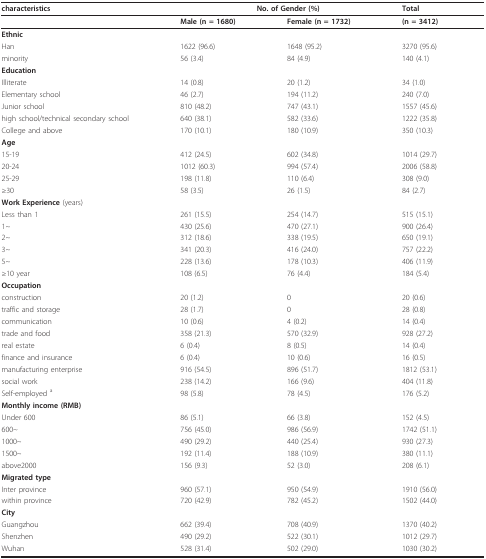
<table><thead><tr><td><b>characteristics</b></td><td colspan="2"><b>No. of Gender (%)</b></td><td><b>Total</b></td></tr></thead><tbody><tr><td></td><td><b>Male (n = 1680)</b></td><td><b>Female (n = 1732)</b></td><td><b>(n = 3412)</b></td></tr><tr><td><b>Ethnic</b></td><td></td><td></td><td></td></tr><tr><td>Han</td><td>1622 (96.6)</td><td>1648 (95.2)</td><td>3270 (95.6)</td></tr><tr><td>minority</td><td>56 (3.4)</td><td>84 (4.9)</td><td>140 (4.1)</td></tr><tr><td><b>Education</b></td><td></td><td></td><td></td></tr><tr><td>Illiterate</td><td>14 (0.8)</td><td>20 (1.2)</td><td>34 (1.0)</td></tr><tr><td>Elementary school</td><td>46 (2.7)</td><td>194 (11.2)</td><td>240 (7.0)</td></tr><tr><td>Junior school</td><td>810 (48.2)</td><td>747 (43.1)</td><td>1557 (45.6)</td></tr><tr><td>high school/technical secondary school</td><td>640 (38.1)</td><td>582 (33.6)</td><td>1222 (35.8)</td></tr><tr><td>College and above</td><td>170 (10.1)</td><td>180 (10.9)</td><td>350 (10.3)</td></tr><tr><td><b>Age</b></td><td></td><td></td><td></td></tr><tr><td>15-19</td><td>412 (24.5)</td><td>602 (34.8)</td><td>1014 (29.7)</td></tr><tr><td>20-24</td><td>1012 (60.3)</td><td>994 (57.4)</td><td>2006 (58.8)</td></tr><tr><td>25-29</td><td>198 (11.8)</td><td>110 (6.4)</td><td>308 (9.0)</td></tr><tr><td>≥30</td><td>58 (3.5)</td><td>26 (1.5)</td><td>84 (2.7)</td></tr><tr><td><b>Work Experience </b>(years)</td><td></td><td></td><td></td></tr><tr><td>Less than 1</td><td>261 (15.5)</td><td>254 (14.7)</td><td>515 (15.1)</td></tr><tr><td>1~</td><td>430 (25.6)</td><td>470 (27.1)</td><td>900 (26.4)</td></tr><tr><td>2~</td><td>312 (18.6)</td><td>338 (19.5)</td><td>650 (19.1)</td></tr><tr><td>3~</td><td>341 (20.3)</td><td>416 (24.0)</td><td>757 (22.2)</td></tr><tr><td>5~</td><td>228 (13.6)</td><td>178 (10.3)</td><td>406 (11.9)</td></tr><tr><td>≥10 year</td><td>108 (6.5)</td><td>76 (4.4)</td><td>184 (5.4)</td></tr><tr><td><b>Occupation</b></td><td></td><td></td><td></td></tr><tr><td>construction</td><td>20 (1.2)</td><td>0</td><td>20 (0.6)</td></tr><tr><td>traffic and storage</td><td>28 (1.7)</td><td>0</td><td>28 (0.8)</td></tr><tr><td>communication</td><td>10 (0.6)</td><td>4 (0.2)</td><td>14 (0.4)</td></tr><tr><td>trade and food</td><td>358 (21.3)</td><td>570 (32.9)</td><td>928 (27.2)</td></tr><tr><td>real estate</td><td>6 (0.4)</td><td>8 (0.5)</td><td>14 (0.4)</td></tr><tr><td>finance and insurance</td><td>6 (0.4)</td><td>10 (0.6)</td><td>16 (0.5)</td></tr><tr><td>manufacturing enterprise</td><td>916 (54.5)</td><td>896 (51.7)</td><td>1812 (53.1)</td></tr><tr><td>social work</td><td>238 (14.2)</td><td>166 (9.6)</td><td>404 (11.8)</td></tr><tr><td>Self-employed <sup>a</sup></td><td>98 (5.8)</td><td>78 (4.5)</td><td>176 (5.2)</td></tr><tr><td><b>Monthly income (RMB)</b></td><td></td><td></td><td></td></tr><tr><td>Under 600</td><td>86 (5.1)</td><td>66 (3.8)</td><td>152 (4.5)</td></tr><tr><td>600~</td><td>756 (45.0)</td><td>986 (56.9)</td><td>1742 (51.1)</td></tr><tr><td>1000~</td><td>490 (29.2)</td><td>440 (25.4)</td><td>930 (27.3)</td></tr><tr><td>1500~</td><td>192 (11.4)</td><td>188 (10.9)</td><td>380 (11.1)</td></tr><tr><td>above2000</td><td>156 (9.3)</td><td>52 (3.0)</td><td>208 (6.1)</td></tr><tr><td><b>Migrated type</b></td><td></td><td></td><td></td></tr><tr><td>Inter province</td><td>960 (57.1)</td><td>950 (54.9)</td><td>1910 (56.0)</td></tr><tr><td>within province</td><td>720 (42.9)</td><td>782 (45.2)</td><td>1502 (44.0)</td></tr><tr><td><b>City</b></td><td></td><td></td><td></td></tr><tr><td>Guangzhou</td><td>662 (39.4)</td><td>708 (40.9)</td><td>1370 (40.2)</td></tr><tr><td>Shenzhen</td><td>490 (29.2)</td><td>522 (30.1)</td><td>1012 (29.7)</td></tr><tr><td>Wuhan</td><td>528 (31.4)</td><td>502 (29.0)</td><td>1030 (30.2)</td></tr></tbody></table>